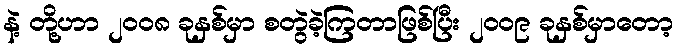
နဲ့ တို့ဟာ ၂၀၀၈ ခုနှစ်မှာ စတွဲခဲ့ကြတာဖြစ်ပြီး ၂၀၀၉ ခုနှစ်မှာတော့